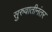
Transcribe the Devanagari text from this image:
सुरुवातीनंतर